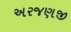
અરજણજી